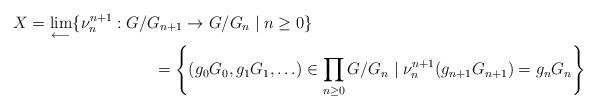
LaTeX: \begin{align*}X & = \lim_{\longleftarrow}\{\nu^{n+1}_n: G/G_{n+1} \to G/G_n \mid n\geq 0\} \\ & \phantom{--------} = \left\{(g_0 G_0 ,g_1 G_1,\ldots) \in \prod_{n \geq 0} G/G_n \mid \nu^{n+1}_n (g_{n+1}G_{n+1}) = g_nG_n \right\}\end{align*}